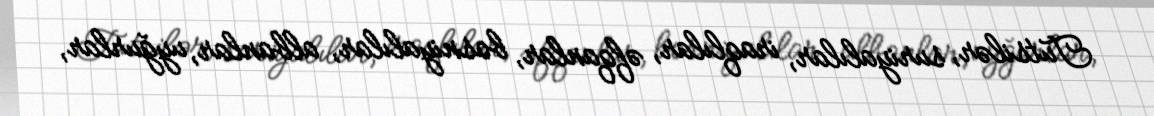
Tutsilər, suriyalılar, iraqlılar, əfqanlar, bosniyalılar, albanlar, uyğurlar,